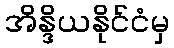
အိန္ဒိယနိုင်ငံမှ